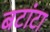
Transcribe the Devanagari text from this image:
बटांटा